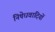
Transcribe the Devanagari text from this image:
निषेधवादियों